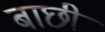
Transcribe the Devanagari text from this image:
बाछी